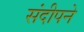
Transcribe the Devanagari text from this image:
संदीपने